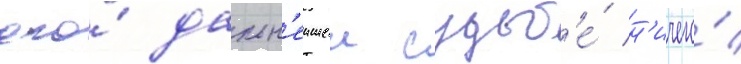
его́ дальн'еишеи судьб'е́ н'ичего́